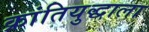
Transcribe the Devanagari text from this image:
क्रांतियुद्धाला